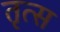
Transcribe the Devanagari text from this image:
तृत्स